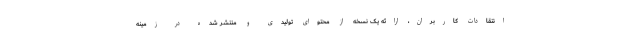
انتقادات کاربران، ارائه یک نسخه از محتوای تولیدی و منتشر شده در زمینه